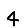
Digit: 4